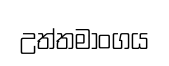
උත්තමාංගය